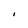
Character: I